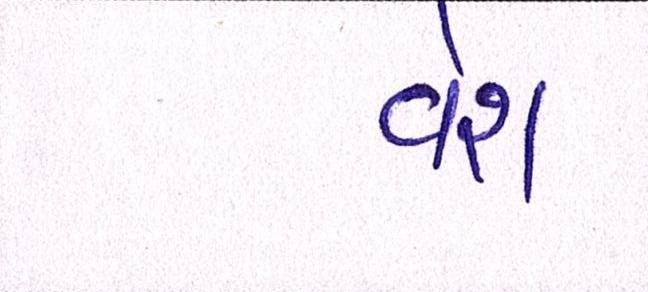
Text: વેશ